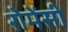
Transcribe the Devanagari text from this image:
रोमेंसी